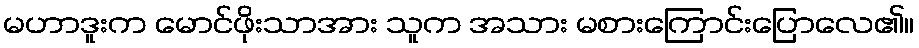
မဟာဒူးက မောင်ဖိုးသာအား သူက အသား မစားကြောင်းပြောလေ၏။